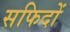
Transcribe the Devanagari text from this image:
सफिदों